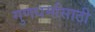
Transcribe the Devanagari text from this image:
गुणधर्मासाठी